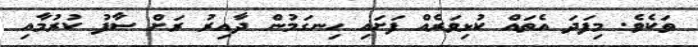
ތަކެވެ. މިފަދަ އެތައް ކުޅިވަރެއް ފަށައި ހިނގަމުން ދާއިރު ރަށް ސާފު ކުރުމާއި